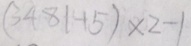
( 3 4 8 1 + 5 ) \times 2 - 1